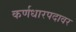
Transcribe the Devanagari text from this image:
कर्णधारपदावर